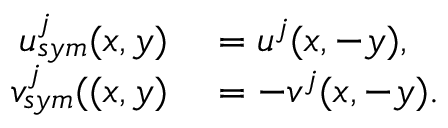
\begin{array} { r l } { u _ { s y m } ^ { j } ( x , y ) } & { { } = u ^ { j } ( x , - y ) , } \\ { v _ { s y m } ^ { j } ( ( x , y ) } & { { } = - v ^ { j } ( x , - y ) . } \end{array}